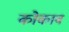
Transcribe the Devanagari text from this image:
कोकाब